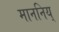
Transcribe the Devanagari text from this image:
माननिय्